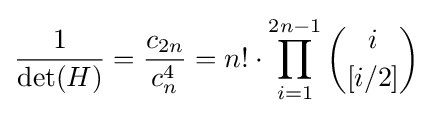
{\frac {1}{\det(H)}}={\frac {c_{2n}}{c_{n}^{4}}}=n!\cdot \prod _{i=1}^{2n-1}{\binom {i}{[i/2]}}